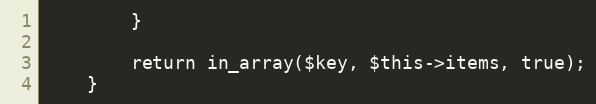
Language: PHP
        }

        return in_array($key, $this->items, true);
    }